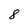
Character: 8